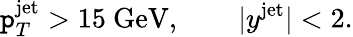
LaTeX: \mathtt{p}_{T}^{\mathrm{{jet}}}>15~\mathrm{{GeV}},\qquad|y^{\mathrm{{jet}}}|<2.